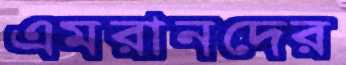
এমরানদের